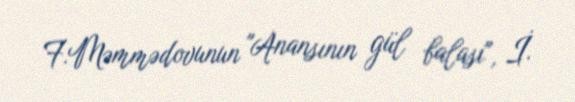
F.Məmmədovunun "Anansının gül balası", İ.